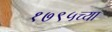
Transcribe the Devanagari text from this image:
१७९५च्या